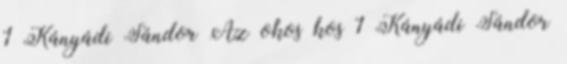
1 Kányádi Sándor Az okos kos 1 Kányádi Sándor